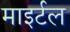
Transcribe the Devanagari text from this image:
माइर्टल